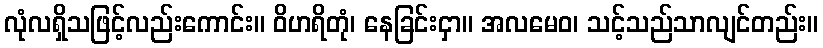
လုံလရှိသဖြင့်လည်းကောင်း။ ဝိဟရိတုံ၊ နေခြင်းငှာ။ အလမေဝ၊ သင့်သည်သာလျင်တည်း။